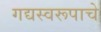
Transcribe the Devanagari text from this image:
गद्यस्वरूपाचे